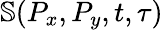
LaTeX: \mathbb{S}(P_{x},P_{y},t,\tau)